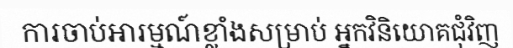
ការចាប់អារម្មណ៍ខ្លាំងសម្រាប់ អ្នកវិនិយោគជុំវិញ